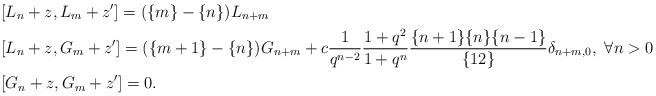
LaTeX: \begin{align*}& [L_n+z,L_m+z']=(\{m\}-\{n\})L_{n+m}& & \\&[L_n+z,G_m+z']=(\{m+1\}-\{n\})G_{n+m} +c \frac{1}{q^{n-2}} \frac{1+q^{2}}{1+q^{n}}\frac{\{n+1\}\{n\}\{n-1\}}{\{12\}} \delta_{n+m,0},\ \forall n>0\\&[G_n+z,G_m+z']=0.\end{align*}